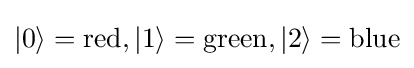
|0\rangle ={\text{red}},|1\rangle ={\text{green}},|2\rangle ={\text{blue}}